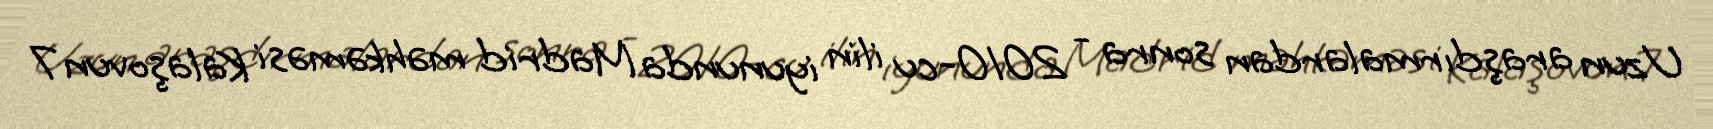
Uzun araşdırmalardan sonra - 2010-cu ilin iyununda Madrid məhkəməsi Kalaşovun 7